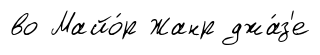
во Майо́р Жанр джа́з'е